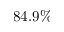
8 4 . 9 \%